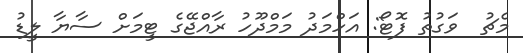
މެޗު  ވަގުތު ފޮޓޯ: އަހްމަދު މަމްދޫހު ރާއްޖޭގެ ޓީމަށް ސާޔާ ލީޑު